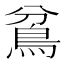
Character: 𩿈